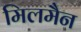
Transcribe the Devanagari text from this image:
मिलमैन